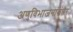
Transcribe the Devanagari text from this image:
अणुविभाजनांनंतर